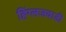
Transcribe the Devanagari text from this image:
हिंग्लजवाडी